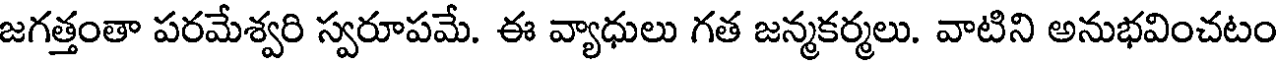
జగత్తంతా పరమేశ్వరి స్వరూపమే. ఈ వ్యాధులు గత జన్మకర్మలు. వాటిని అనుభవించటం